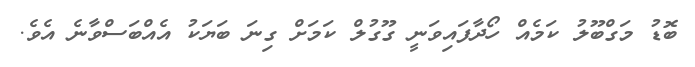
ބޮޑު މަގްބޫލު ކަމެއް ހޯދާފައިވަނީ ގޫގުލް ކަމަށް ގިނަ ބަޔަކު އެއްބަސްވާނެ އެވެ.